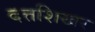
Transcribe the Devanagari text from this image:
दत्तशिखर